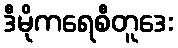
ဒီမိုကရေစီတူဒေး